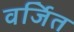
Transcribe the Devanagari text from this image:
वर्जित